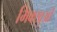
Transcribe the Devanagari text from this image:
भिक्खुओं